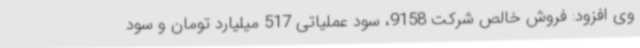
وی افزود: فروش خالص شرکت 9158، سود عملیاتی 517 میلیارد تومان و سود